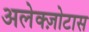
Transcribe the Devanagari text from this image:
अलेक्ज़ोटास